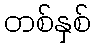
တစ်နှစ်